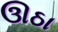
ઊઠા